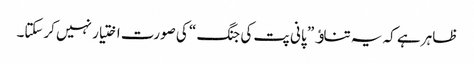
ظاہر ہے کہ یہ تناﺅ ” پانی پت کی جنگ “ کی صورت اختیار نہیں کرسکتا۔